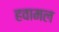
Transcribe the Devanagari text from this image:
हवामल